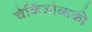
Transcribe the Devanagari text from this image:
चेर्किजोव्सकी